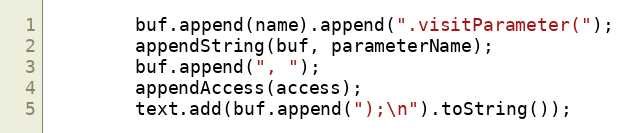
Language: Java
        buf.append(name).append(".visitParameter(");
        appendString(buf, parameterName);
        buf.append(", ");
        appendAccess(access);
        text.add(buf.append(");\n").toString());